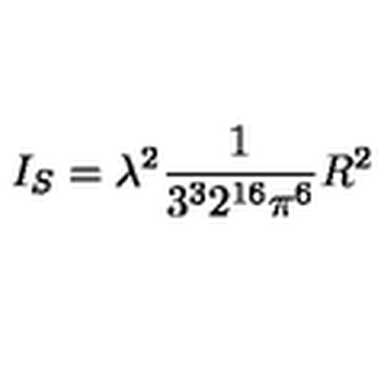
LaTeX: I _ { S } = \lambda ^ { 2 } \frac { 1 } { 3 ^ { 3 } 2 ^ { 1 6 } \pi ^ { 6 } } R ^ { 2 }